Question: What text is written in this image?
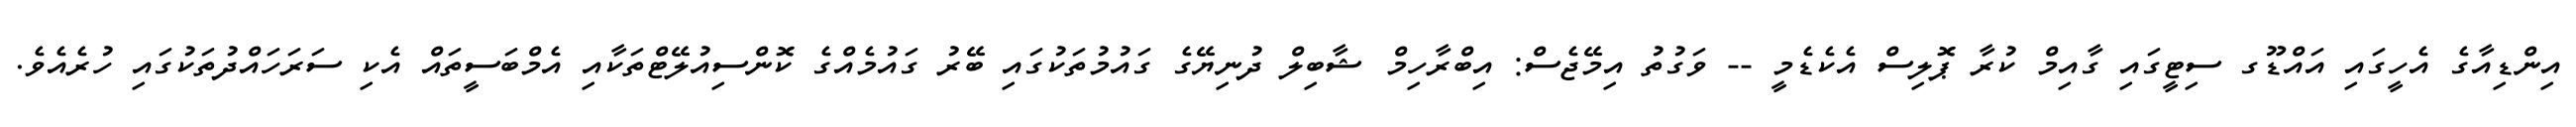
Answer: އިންޑިއާގެ އެހީގައި އައްޑޫގ ސިޓީގައި ގާއިމް ކުރާ ޕޮލިސް އެކެޑެމީ -- ވަގުތު އިމޭޖެސް: އިބްރާހިމް ޝާބިލް ދުނިޔޭގެ ގައުމުތަކުގައި ބޭރު ގައުމެއްގެ ކޮންސިއުލޭޓްތަކާއި އެމްބަސީތައް އެކި ސަރަހައްދުތަކުގައި ހުރެއެވެ.